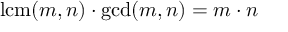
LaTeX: \operatorname { l c m } ( m , n ) \cdot \gcd ( m , n ) = m \cdot n